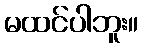
မထင်ပါဘူး။